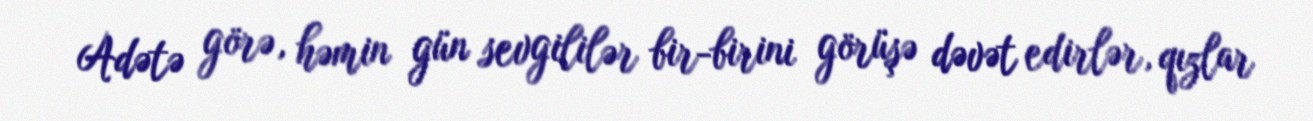
Adətə görə, həmin gün sevgililər bir-birini görüşə dəvət edirlər, qızlar